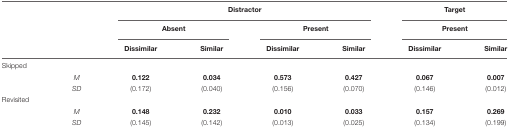
|  |  | <COLSPAN=4> Distractor | <COLSPAN=2> Target |
 |  |  | <COLSPAN=2> Absent | <COLSPAN=2> Present | <COLSPAN=2> Present |
 |  |  | Dissimilar | Similar | Dissimilar | Similar | Dissimilar | Similar |
 | --- | --- | --- | --- | --- | --- | --- | --- |
 | Skipped |  |  |  |  |  |  |  |
 |  | M | 0.122 | 0.034 | 0.573 | 0.427 | 0.067 | 0.007 |
 |  | SD | (0.172) | (0.040) | (0.156) | (0.070) | (0.146) | (0.012) |
 | Revisited |  |  |  |  |  |  |  |
 |  | M | 0.148 | 0.232 | 0.010 | 0.033 | 0.157 | 0.269 |
 |  | SD | (0.145) | (0.142) | (0.013) | (0.025) | (0.134) | (0.199) |